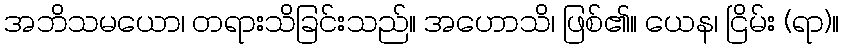
အဘိသမယော၊ တရားသိခြင်းသည်။ အဟောသိ၊ ဖြစ်၏။ ယေန၊ ငြိမ်း (ရာ)။